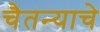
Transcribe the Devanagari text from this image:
चैतन्याचे